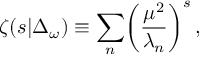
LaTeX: \zeta ( s \vert \Delta _ { \omega } ) \equiv \sum _ { n } \biggl ( { \frac { \mu ^ { 2 } } { \lambda _ { n } } } \biggr ) ^ { s } \, ,